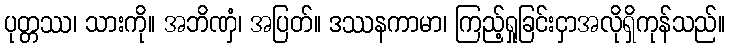
ပုတ္တဿ၊ သားကို။ အဘိဏှံ၊ အပြတ်။ ဒဿနကာမာ၊ ကြည့်ရှုခြင်းငှာအလိုရှိကုန်သည်။